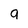
Character: a